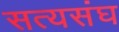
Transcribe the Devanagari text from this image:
सत्यसंघ